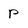
Character: p